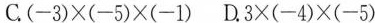
C.$$(-3)\times(-5)\times(-1)$$ D.$$3\times(-4)\times(-5)$$